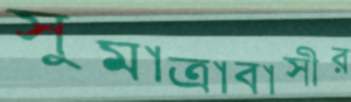
সুমাত্রাবাসীর